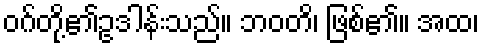
ဝဂ်တို့၏ဥဒါန်းသည်။ ဘဝတိ၊ ဖြစ်၏။ အထ၊